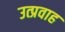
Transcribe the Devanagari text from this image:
उत्प्रवाह